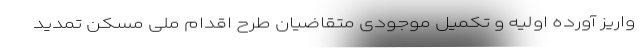
واریز آورده اولیه و تکمیل موجودی متقاضیان طرح اقدام ملی مسکن تمدید